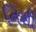
નિશી